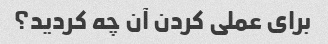
برای عملی کردن آن چه کردید؟